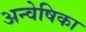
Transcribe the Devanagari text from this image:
अन्वेषिका